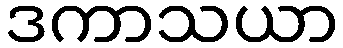
ဒကာသယာ